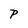
Character: P